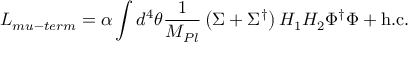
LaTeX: { \cal L } _ { m u - t e r m } = \alpha \int d ^ { 4 } \theta { \frac { 1 } { M _ { P l } } } \left( \Sigma + \Sigma ^ { \dagger } \right) H _ { 1 } H _ { 2 } \Phi ^ { \dagger } \Phi + \mathrm { h . c . }